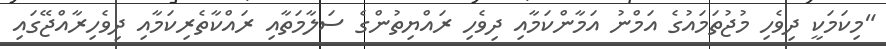
"މިކަމަކީ ދިވެހި މުޖުތަމައުގެ އަމްނު އަމާންކަމާއި ދިވެހި ރައްޔިތުންގެ ސަލާމަތާއި ރައްކާތެރިކަމާއި ދިވެހިރާއްޖޭގައި